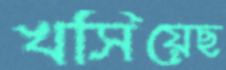
খসিয়েছ